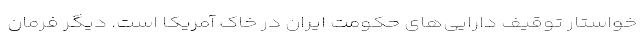
خواستار توقیف دارایی‌های حکومت ایران در خاک آمریکا است. دیگر فرمان